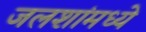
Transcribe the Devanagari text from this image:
जलशांमध्ये